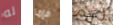
له فإما رغم